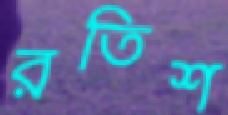
রতিশ